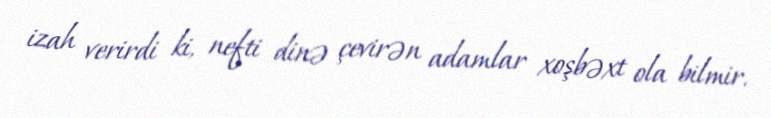
izah verirdi ki, nefti dinə çevirən adamlar xoşbəxt ola bilmir.